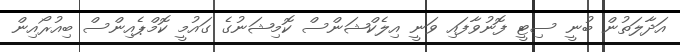
އަދާލަތުން ބުނީ ސިޓީ ފޮނުވާފައި ވަނީ އިލެކްޝަންސް ކޮމިޝަނުގެ ގައުމީ ކޮމްޕެއިންސް ބިއުރޯއިން